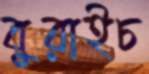
বুরাইচ